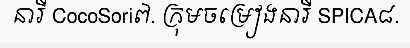
នារី CocoSori៧. ក្រុមចម្រៀងនារី SPICA៨.